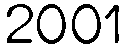
2001